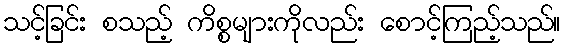
သင့်ခြင်း စသည့် ကိစ္စများကိုလည်း စောင့်ကြည့်သည်။